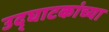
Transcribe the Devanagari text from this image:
उद्घाटकांच्या